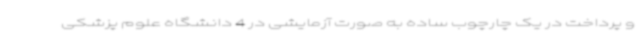
و پرداخت در یک چارچوب ساده به صورت آزمایشی در 4 دانشگاه علوم پزشکی